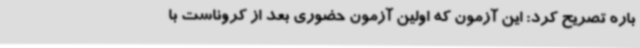
باره تصریح کرد: این آزمون که اولین آزمون حضوری بعد از کروناست با